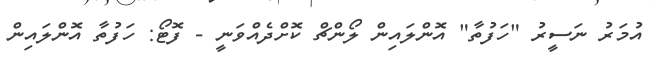
އުމަރު ނަސީރު "ހަފުތާ" އޮންލައިން ލޯންޗް ކޮށްދެއްވަނީ - ފޮޓޯ: ހަފުތާ އޮންލައިން